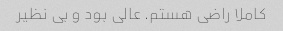
کاملا راضی هستم. عالی بود و بی نظیر